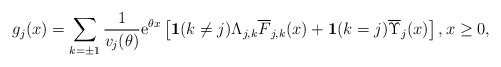
\begin{align*}g_j(x)=\sum_{k=\pm1}\frac{1}{v_j(\theta)}{\rm e}^{\theta x}\left[\mathbf{1}(k\neq j)\Lambda_{j,k}\overline{F}_{j,k}(x)+\mathbf{1}(k=j)\overline{\Upsilon}_{j}(x)\right],x\geq 0,\end{align*}